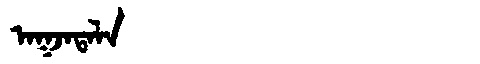
Manchu: ᠠᡴᠵᠠᡨᠠᠯᠠ
Romanization: AKJATALA